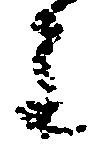
主